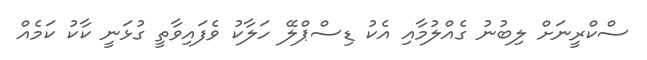
ސްކްރީނަށް ލިބުނު ގެއްލުމާއި އެކު ޑިސްޕްލޭ ހަލާކު ވެފައިވާތީ ގުޅަނީ ކާކު ކަމެއް